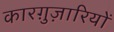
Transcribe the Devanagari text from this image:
कारग़ुज़ारियों